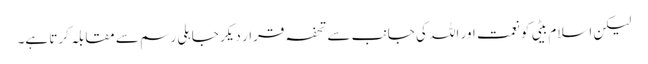
لیکن اسلام بیٹی کو نعمت اور اللہ کی جانب سے تحفہ قرار دیکر جاہلی رسم سے مقابلہ کرتا ہے۔